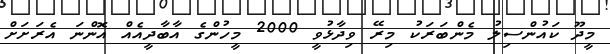
މީދޫ ކައުންސިލު މެންބަރަކު މިރޭ ވިދާޅުވީ 2000 މީހުންގެ އާބާދީއެއް އޮންނަ އެރަށަށް